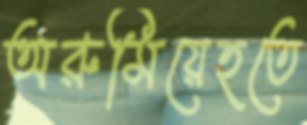
অরুমিয়েহতে